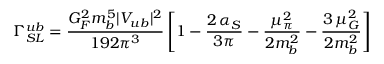
\Gamma _ { S L } ^ { u b } = \frac { G _ { F } ^ { 2 } m _ { b } ^ { 5 } | V _ { u b } | ^ { 2 } } { 1 9 2 \pi ^ { 3 } } \left[ 1 - \frac { 2 \, \alpha _ { S } } { 3 \pi } - \frac { \mu _ { \pi } ^ { 2 } } { 2 m _ { b } ^ { 2 } } - \frac { 3 \, \mu _ { G } ^ { 2 } } { 2 m _ { b } ^ { 2 } } \right]